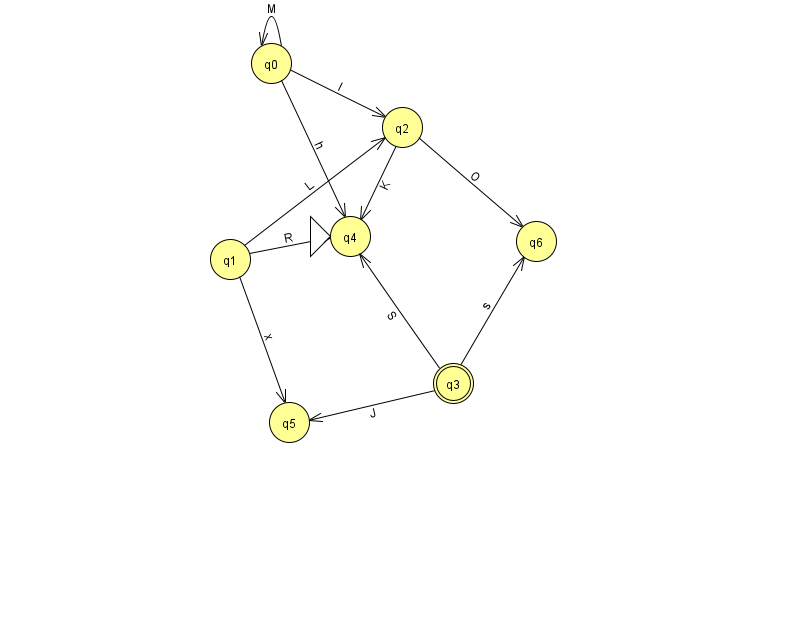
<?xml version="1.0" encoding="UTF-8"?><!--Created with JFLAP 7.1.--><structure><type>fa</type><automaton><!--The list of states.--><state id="0" name="q0"><x>271.0</x><y>50.0</y></state><state id="1" name="q1"><x>230.0</x><y>246.0</y></state><state id="2" name="q2"><x>402.0</x><y>114.0</y></state><state id="3" name="q3"><x>453.0</x><y>370.0</y><final/></state><state id="4" name="q4"><x>350.0</x><y>223.0</y><initial/></state><state id="5" name="q5"><x>289.0</x><y>409.0</y></state><state id="6" name="q6"><x>536.0</x><y>228.0</y></state><!--The list of transitions.--><transition><from>2</from><to>6</to><read>O</read></transition><transition><from>1</from><to>5</to><read>x</read></transition><transition><from>3</from><to>6</to><read>s</read></transition><transition><from>0</from><to>2</to><read>I</read></transition><transition><from>2</from><to>4</to><read>K</read></transition><transition><from>3</from><to>4</to><read>S</read></transition><transition><from>3</from><to>5</to><read>J</read></transition><transition><from>0</from><to>4</to><read>h</read></transition><transition><from>1</from><to>4</to><read>R</read></transition><transition><from>0</from><to>0</to><read>M</read></transition><transition><from>1</from><to>2</to><read>L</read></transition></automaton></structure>